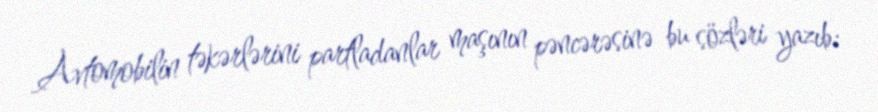
Avtomobilin təkərlərini partladanlar maşının pəncərəsinə bu sözləri yazıb: